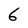
Character: 6